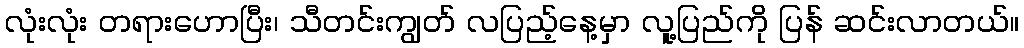
လုံးလုံး တရားဟောပြီး၊ သီတင်းကျွတ် လပြည့်နေ့မှာ လူ့ပြည်ကို ပြန် ဆင်းလာတယ်။